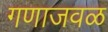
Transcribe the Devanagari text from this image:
गणाजवळ